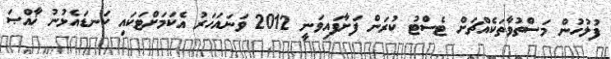
ފުލުހުން މަސްތުވާތަކެއްޗަށް ޓެސްޓު ކުރަން ފަށާފައިވަނީ 2012 ވަނައަހަރު އެކަމަށްޓަކައި ކަނޑައެޅުނު ޚާއްޞަ